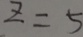
z = 5